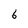
Character: 6